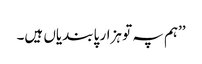
’’ہم پہ تو ہزار پابندیاں ہیں۔